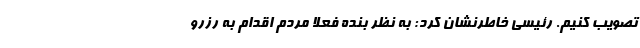
تصویب کنیم. رئیسی خاطرنشان کرد: به نظر بنده فعلا مردم اقدام به رزرو